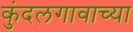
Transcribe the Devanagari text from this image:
कुंदलगावाच्या